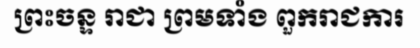
ព្រះចន្ទ រាជា ព្រមទាំង ពួករាជការ